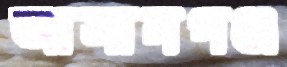
আসানগঞ্জ